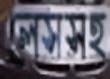
লেসসহ